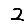
Digit: 2